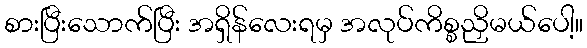
စားပြီးသောက်ပြီး အရှိန်လေးရမှ အလုပ်ကိစ္စညှိမယ်ပေါ့။